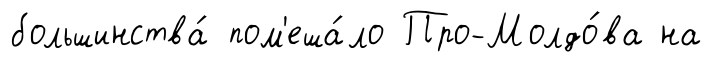
большинства́ пом'еша́ло Про-Молдо́ва на